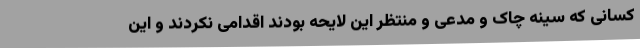
کسانی که سینه چاک و مدعی و منتظر این لایحه بودند اقدامی نکردند و این